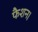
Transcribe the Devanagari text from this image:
फैशन।